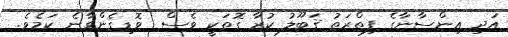
އަދި އިންސާނާގެ ފިޠްރަތު ޤަބޫލު ކުރާ ގޮތަކީ ވެސް  ވޮޑިގެންވާނެ ކަމެވެ.